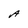
Character: A